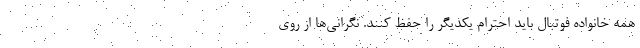
همه خانواده فوتبال باید احترام یکدیگر را حفظ کنند. نگرانی‌ها از روی